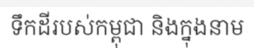
ទឹកដីរបស់កម្ពុជា និងក្នុងនាម